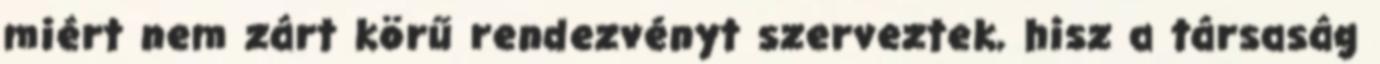
miért nem zárt körű rendezvényt szerveztek, hisz a társaság